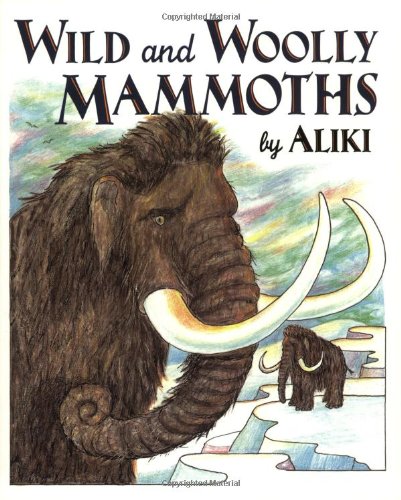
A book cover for Wild and Woolly Mammoths: Revised Edition (Trophy Picture Books); Aliki; Science & Math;